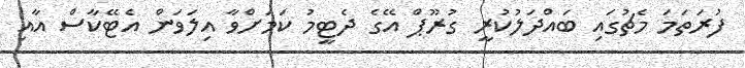
ފުރަތަމަ މެޗުގައި ބައްދަލުކުރީ ގުރޫޕް އޭގެ ދެޓީމު ކަމަށްވާ އިލަވަން އެޓޭކާސް އާއި